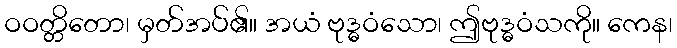
ဝဝတ္တိတော၊ မှတ်အပ်၏။ အယံ ဗုဒ္ဓဝံသော၊ ဤဗုဒ္ဓဝံသကို။ ကေန၊